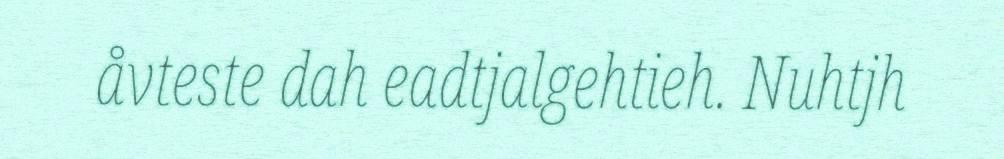
åvteste dah eadtjalgehtieh. Nuhtjh